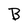
Character: B